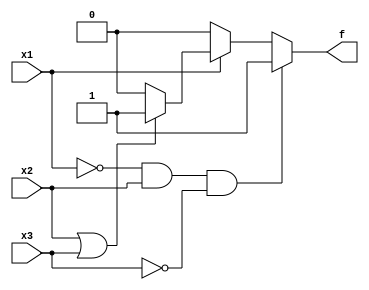
module top_module( 
    input x3,
    input x2,
    input x1,  // three inputs
    output f   // one output
);
    always @(*) begin
        if(x1 == 0 && x2 == 1 && x3 == 0) begin
            f = 1'b1;
        end
        else if(x1 == 1) begin
            if((x2|x3) == 1) begin
                f = 1'b1;
            end
            else begin
                f = 1'b0;
            end
        end
        else begin 
            f = 1'b0;
        end
    end
endmodule